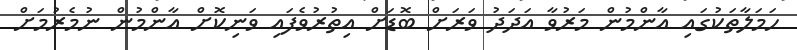
ހަމަލާތަކުގައި އާންމުން މަރުވާ އަދަދު ވަރަށް ބޮޑަށް އިތުރުވެފައި ވަނިކޮށް އާންމުން ނުމެރުމަށް